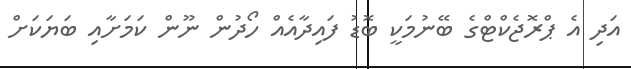
އަދި އެ ޕްރޮޖެކްޓްގެ ބޭނުމަކީ ބޮޑު ފައިދާއެއް ހޯދުން ނޫން ކަމަށާއި ބަޔަކަށް